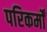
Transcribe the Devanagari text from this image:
परिकर्मों